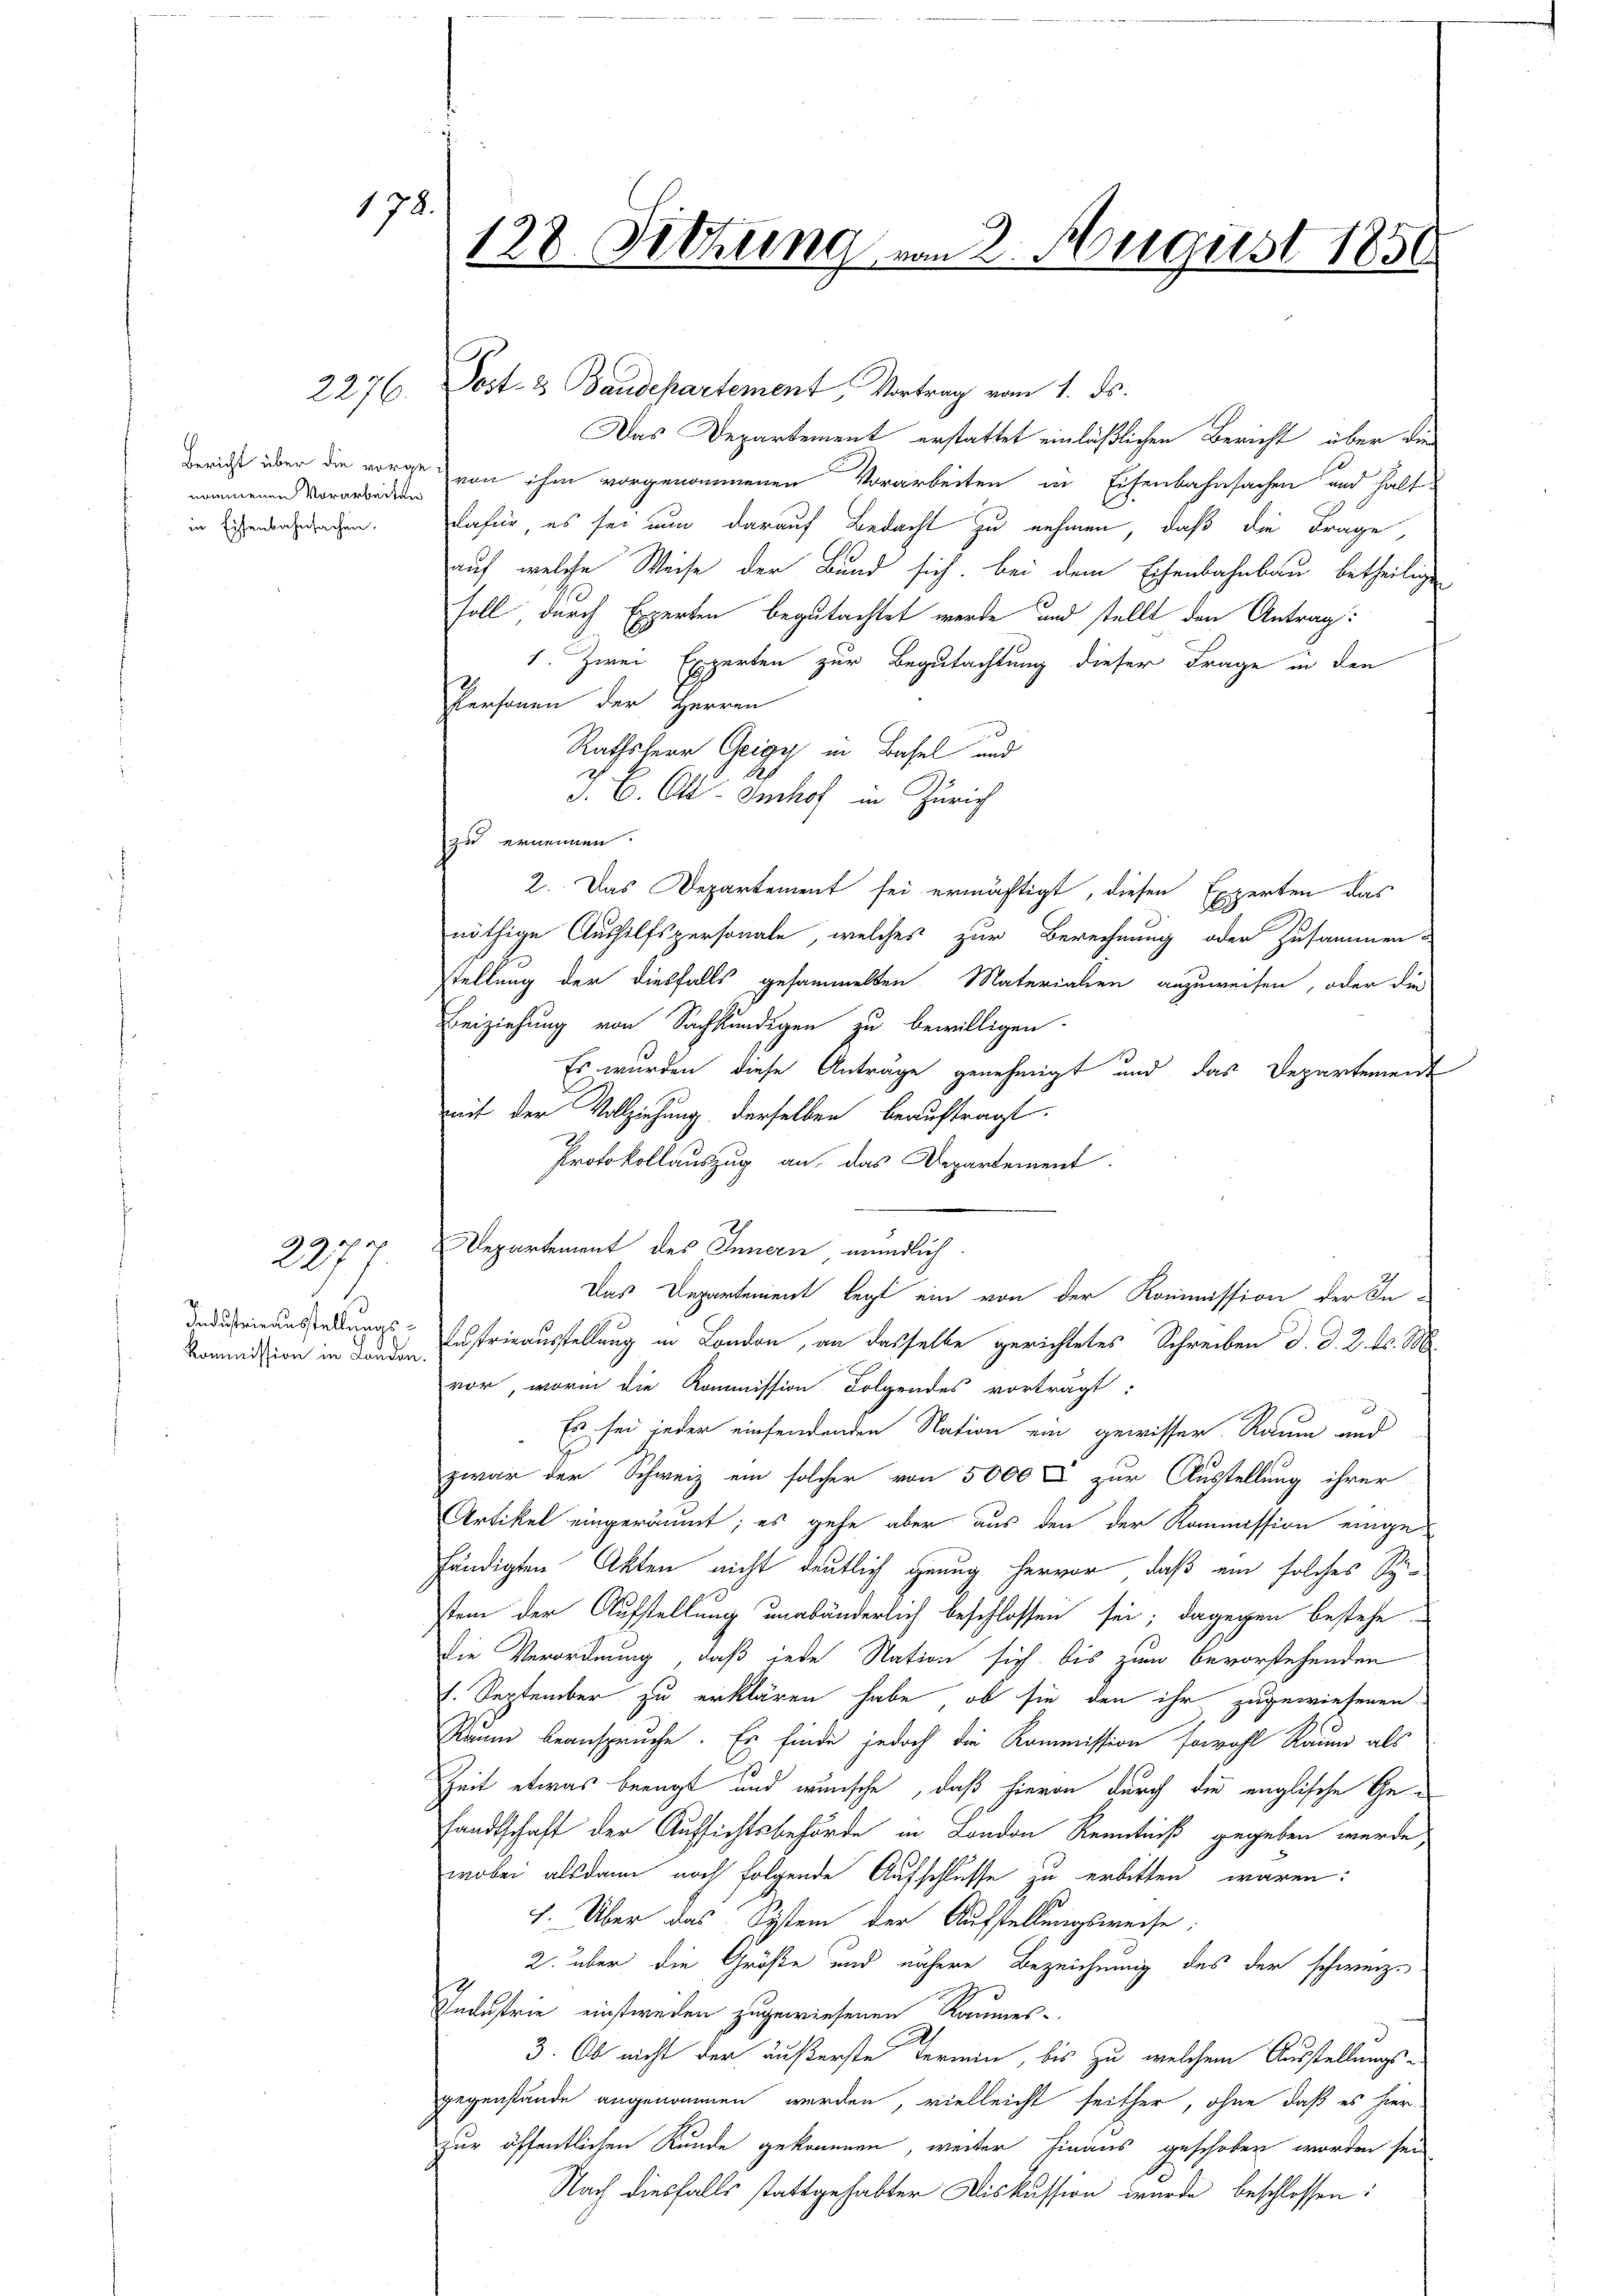
2277.

128. Sitzung von 2. August 1850

178.

nommenen Vorarbeiten
in Eisenbahnsachen.

e
Industrirausstellungs¬
Kommission in Landon.

2276. Post- & Baudepartement, Vortrag vom 1. ds.
Das Departement erstattet einläßlichen Bericht über die
Gericht über die vorge von ihm vorgenommenen Vorarbeiten in Eisenbahnsachen und halt
dafür, es sei nun darauf Bedacht zu nehmen, daß die Frage,
auf, welche Weise der Band sich bei dem Eisenbahnbau betheiligen
soll durch Experten begutachtet werde und stellt den Antrag:
1. Zwei Experten zur Begutachtung dieser Frage in den
Personen der Herren
Rathsherr Geigy in Basel und
J. B. Ott- Imhof in Zürich
zu ernennen.
2. Das Departement sei ermächtigt, diesen Experten das
nöthige Aushilfspersonale, welches zur Berechnung oder Zusammen-
stellung der diesfalls gesammelten Materialien anzuweisen, oder die
Beiziehung von Sachkundigen zu bewilligen.
Es wurden diese Anträge genehmigt und das Departement
mit der Vollziehung derselben beauftragt.
Protokollauszug an das Departement.
Departement des Innern mündlich
Das Departement legt ein von der Kommission der In-
Austrieausstellung in London, an dasselbe gerichtetes Schreiben d. d. 2. ds. M
vor, worin die Kommission. Folgendes vorträgt:
d
Es sei jeder einsendenden Nation ein gewisser Raum und
zwar der Schweiz ein solcher von 5000 s zur Ausstellung ihrer
Artikel eingeräumt; es gehe aber aus den der Kommission eingehändigten Akten nicht deutlich genug hervor, daß ein solches Spistem der Aufstellung unabänderlich beschlossen sei; dagegen bestehe
die Verordnung, daß jede Nation sich bis zum bevorstehenden
1. September zu erklären habe, ob sie den ihr zugewiesenen
Raum beanspruche. Es finde jedoch die Kommission sowohl Raum als
Zeit etwas beengt und wünsche, daß hievon durch die englische Gesandtschaft der Aufsichtsbehörde in London Kenntniß gegeben werde,
wobei alsdann noch folgende Aufschlusse zu erbitten waren:
7. Über das System der Aufstellungsweise:
2. über die Größe und nähere Bezeichnung des der schweiz.
3
Industrie einstweilen zugewiesenen Kommes-
3. Ob nicht der äußerste Termin, bis zu welchem Ausstellungs-
gegenstände angenommen werden, vielleicht seither, ohne daß es hier
zur öffentlichen Kunde gekommen, weiter hinaus geschoben worden sei
Nach diesfalls stattgehabter Diskussion wurde beschlossen: